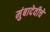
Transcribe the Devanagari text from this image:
मुंबादेवीचे